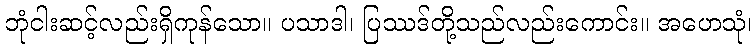
ဘုံငါးဆင့်လည်းရှိကုန်သော။ ပသာဒါ၊ ပြဿဒ်တို့သည်လည်းကောင်း။ အဟေသုံ၊